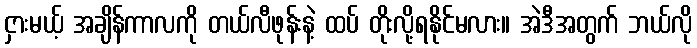
ငှားမယ့် အချိန်ကာလကို တယ်လီဖုန်းနဲ့ ထပ် တိုးလို့ရနိုင်မလား။ အဲဒီအတွက် ဘယ်လို